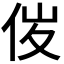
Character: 𠈦